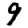
Digit: 9